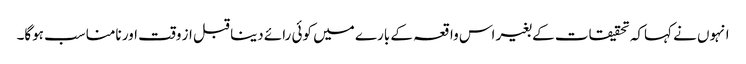
انہوں نے کہاکہ تحقیقات کے بغیر اس واقعہ کے بارے میں کوئی رائے دینا قبل از وقت اور نامناسب ہوگا۔